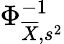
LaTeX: \Phi_{{\overline{{X}}},s^{2}}^{-1}